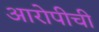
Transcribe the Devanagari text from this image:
आरोपीची